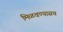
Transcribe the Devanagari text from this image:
मिळवण्यासच